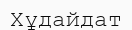
Хұдайдат